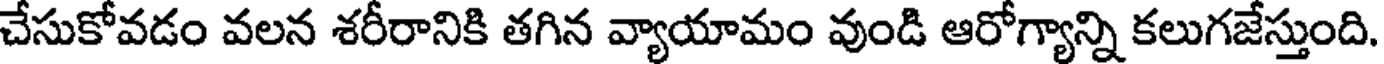
చేసుకోవడం వలన శరీరానికి తగిన వ్యాయామం వుండి ఆరోగ్యాన్ని కలుగజేస్తుంది